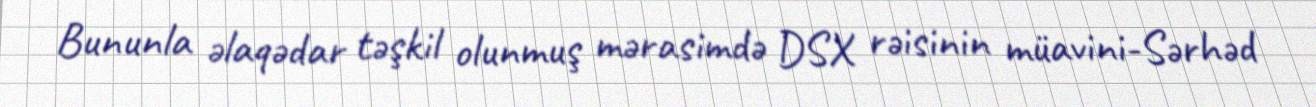
Bununla əlaqədar təşkil olunmuş mərasimdə DSX rəisinin müavini-Sərhəd